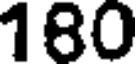
180